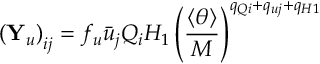
\left( { \bf Y } _ { u } \right) _ { i j } = f _ { u } \bar { u } _ { j } Q _ { i } H _ { 1 } \left( { \frac { \langle \theta \rangle } { M } } \right) ^ { q _ { Q i } + q _ { u j } + q _ { H 1 } }